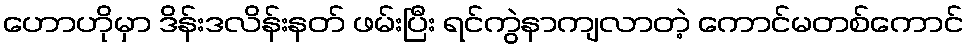
ဟောဟိုမှာ ဒိန်းဒလိန်းနတ် ဖမ်းပြီး ရင်ကွဲနာကျလာတဲ့ ကောင်မတစ်ကောင်